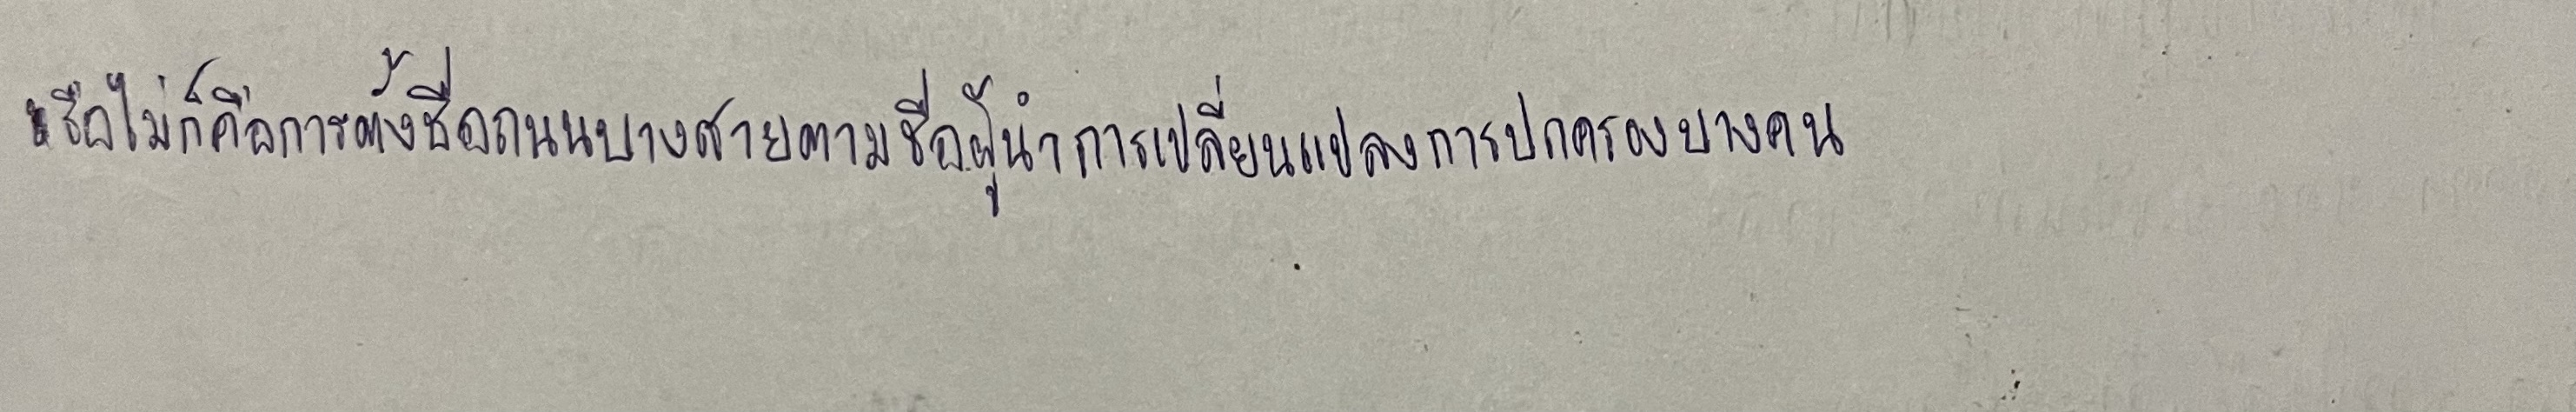
หรือไม่ก็คือการตั้งชื่อถนนบางสายตามชื่อผู้นำการเปลี่ยนแปลงการปกครองบางคน